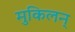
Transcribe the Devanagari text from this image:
मुकिलन्